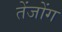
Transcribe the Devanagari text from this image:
तेंजोंग